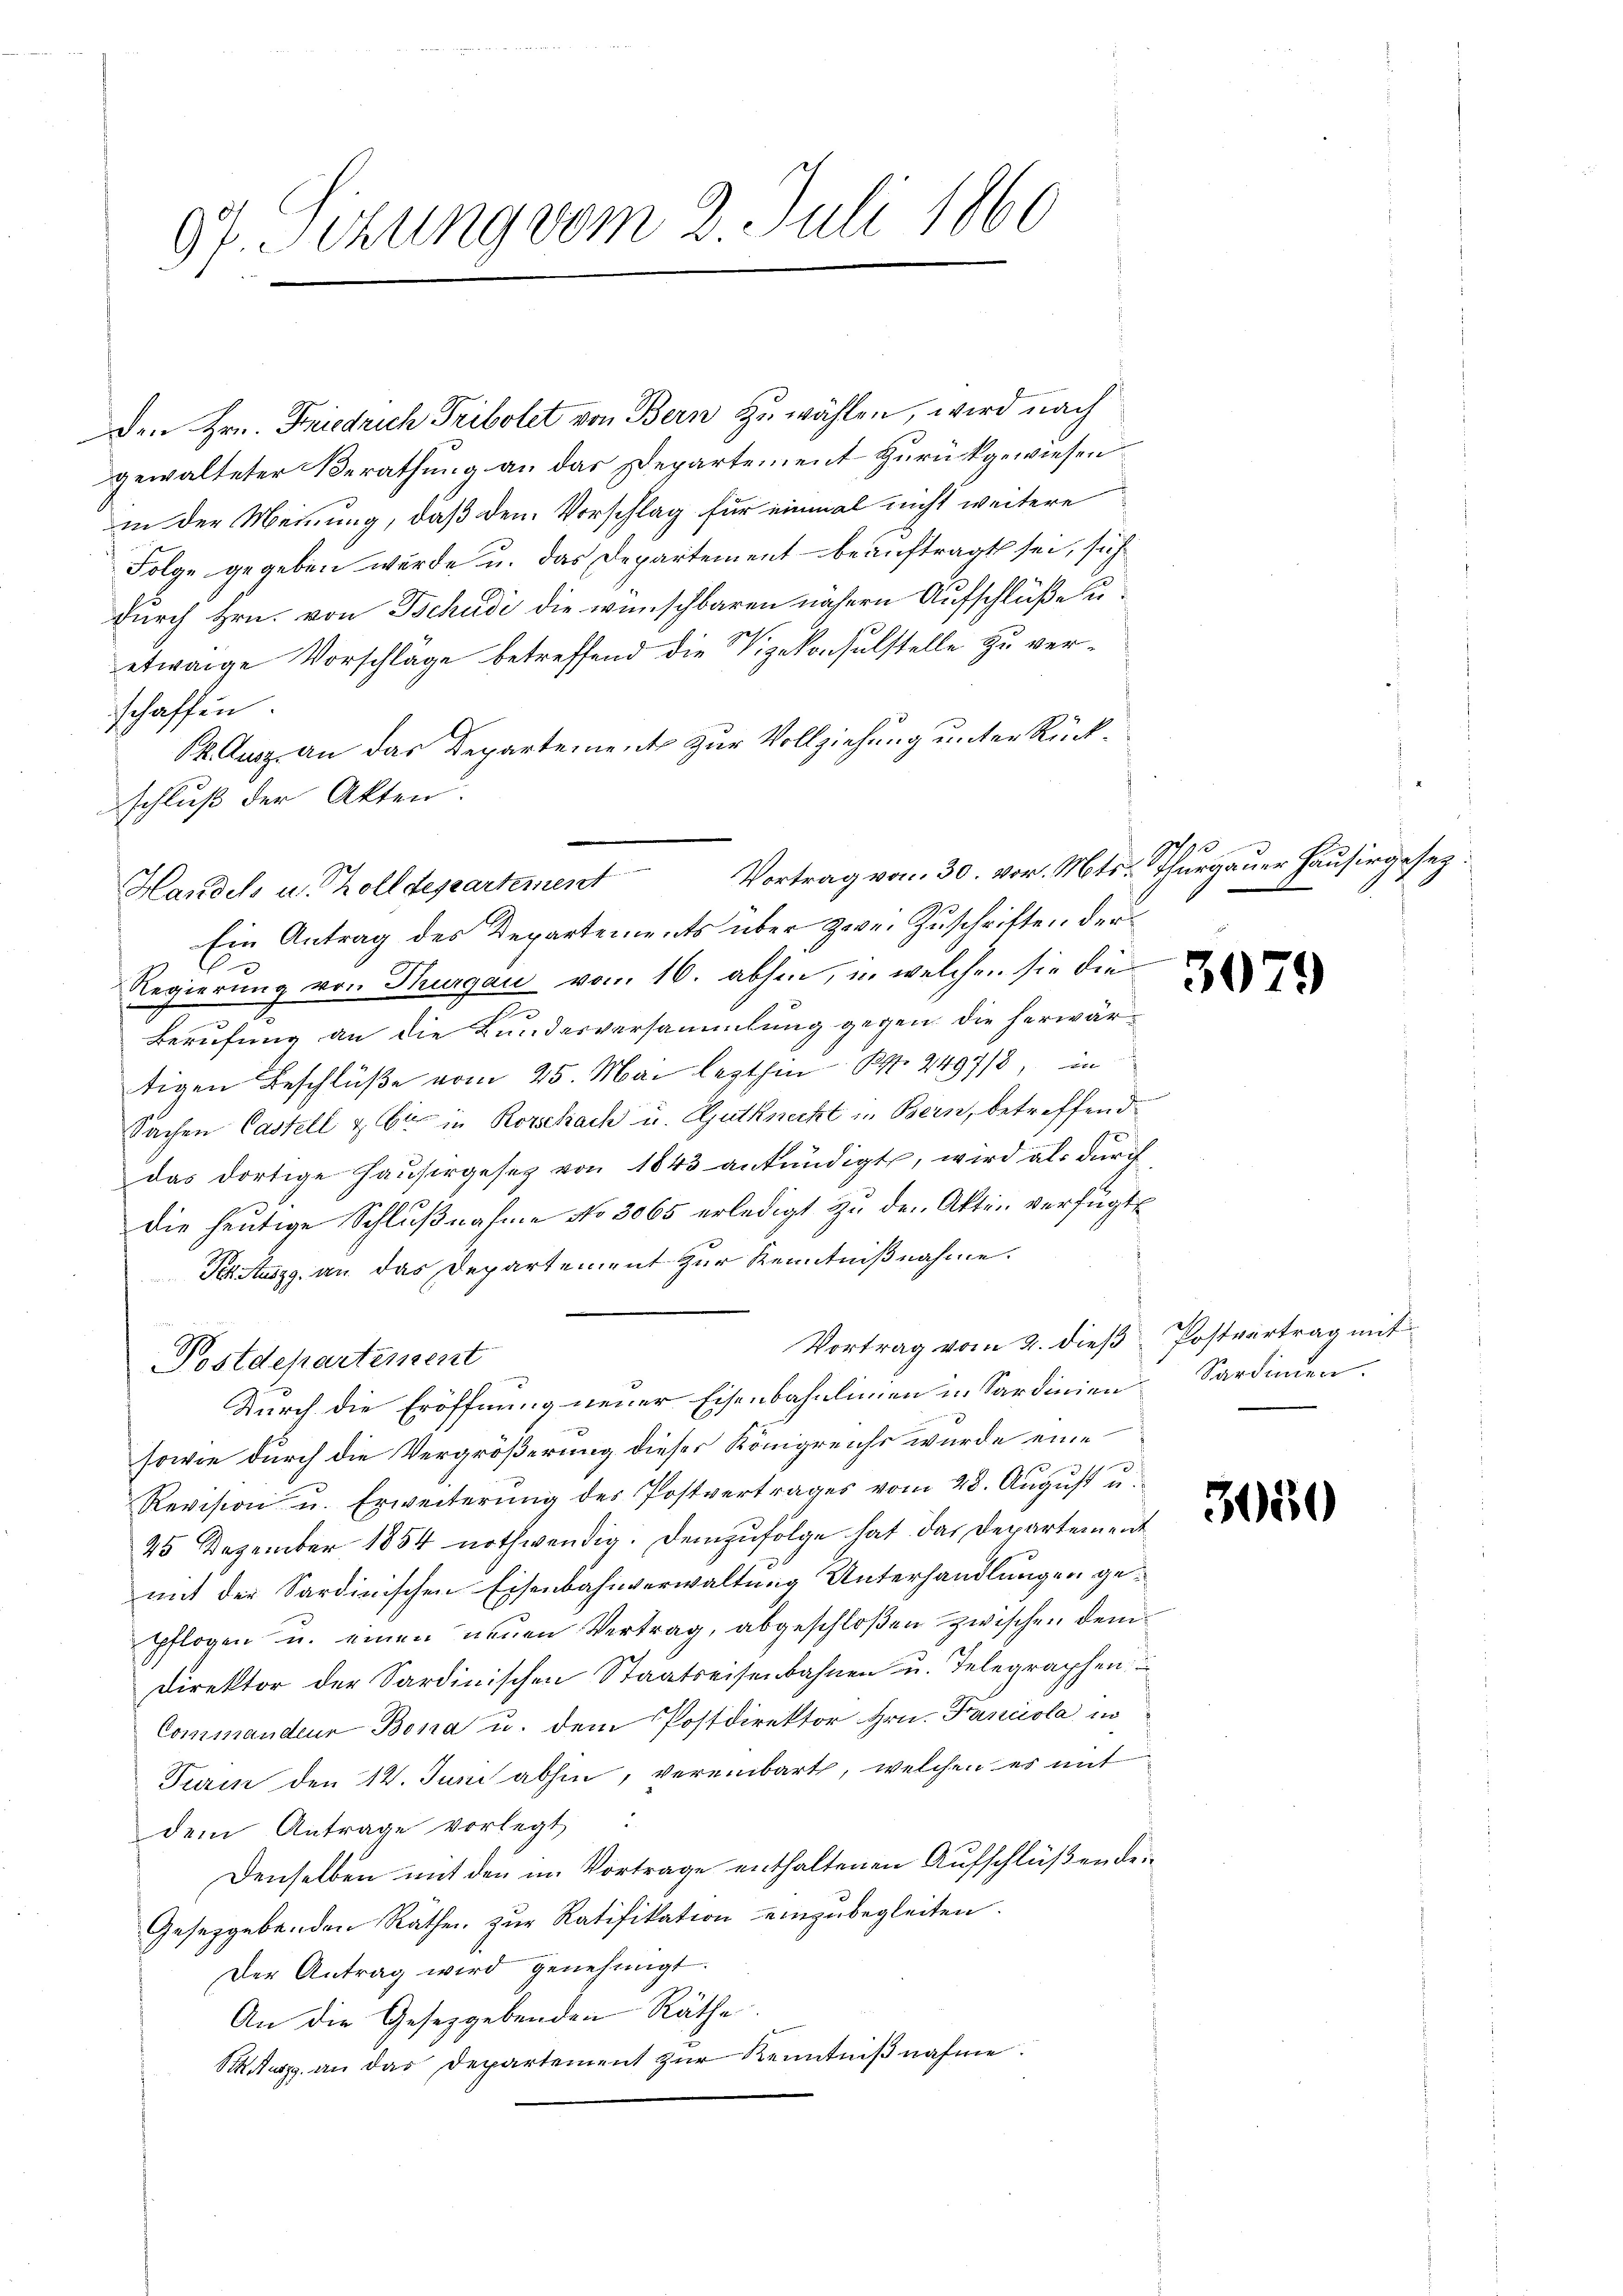
07. Sizung vom 2. Juli 1860
f

Den Hrn. Friedrich Tribolet von Bern zuwählen, wird nach
gewalteter Berathung an das Departement zurückgewiesen
in der Meinung, daß dem Vorschlag für einmal nicht weitere
Folge gegeben wurde u. das Departement beauftragt sei, sich
durch Hrn. von Tschudi die wünschbaren nähern Aufschlüße u.
etwaige Vorschläge betreffend die Vizekonsulstelle zu verschaffen.
k. Ausz an das Departement zur Vollziehung unter Rückschluß der Akten.
Ein Antrag des Departements über zwei Zuschriften der
Regierung von Thurgau vom 16. abhin, in welchen sie die
Berufung an die Bundesversammlung gegen die herwärtigen Beschlüße vom 25. Mai lezthin S. 2497/3, in
Sachen Castell & Cie in Rorschach u. Gutknecht in Bern, betreffend
das dortige Hausergesetz von 1843 ankündigt, wird als durch
die heutige Schlußnahme No 3065 erledigt zu den Akten verfügt,
Festungg an das Departement zur Kenntnißnahme.
Vortrag vom 2. dieß
Postdepartement
Durch die Eröffnung neuer Eisenbahnlinien in Sardinien
sowie durch die Vergrößerung dieser Königreichs wurde eine
Revision u. Erweiterŭng der Postvertrages vom 28. Aŭgŭst u.
45 Dezember 1854 nothwendig. Demzufolge hat das Departement
mit der Sardinischen Eisenbahnverwaltung Unterhandlungen geppflogen u. einen neuen Vertrag, abgeschloßen zwischen dem
Direktor der Sardinischen Staatseisenbahnen u. Telegraphen
Commandeur Bona u. dem Postdirektor Hrn. Fancola in
Turin den 14. Juni abhin, vereinbart, welchen es mit
dem Antrage vorlegt:
Denselben mit den im Vortrage enthaltenen Aufschlüßen den
Gesetzgebenden Räthen zur Ratifikation einzubegleiten.
Der Antrag wird genehmigt.
An die Gesetzgebenden Räthe.
Maerz an das Departement zŭr Kenntniβnahme.

Handels u. Zolldepartement

Vortrag von 30. vor. Mts. Thurgauer Hausirgesez:

30

Postvertrag mit
Sardinien.

3050